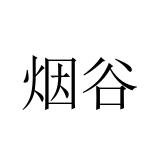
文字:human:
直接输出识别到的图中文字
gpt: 烟谷